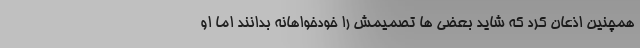
همچنین اذعان کرد که شاید بعضی ها تصمیمش را خودخواهانه بدانند اما او